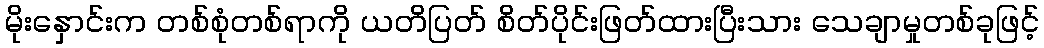
မိုးနှောင်းက တစ်စုံတစ်ရာကို ယတိပြတ် စိတ်ပိုင်းဖြတ်ထားပြီးသား သေချာမှုတစ်ခုဖြင့်